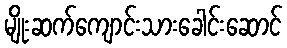
မျိုးဆက်ကျောင်းသားခေါင်းဆောင်